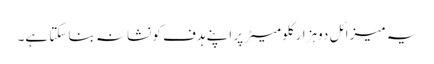
یہ میزائل دوہزار کلومیٹر پر اپنے ہدف کو نشانہ بنا سکتا ہے۔